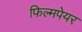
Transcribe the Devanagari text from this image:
फिल्मपेयर